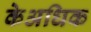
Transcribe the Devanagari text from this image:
केअधिक